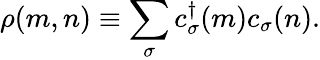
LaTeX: \rho(m,n)\equiv\sum_{\sigma}c_{\sigma}^{\dagger}(m)c_{\sigma}(n).